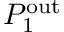
P _ { 1 } ^ { \mathrm { o u t } }